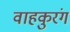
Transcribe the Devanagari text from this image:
वाहकुरंग